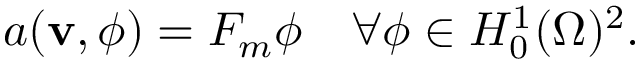
a ( \mathbf { v } , \boldsymbol { \phi } ) = F _ { m } \boldsymbol { \phi } \quad \forall \boldsymbol { \phi } \in H _ { 0 } ^ { 1 } ( \Omega ) ^ { 2 } .